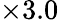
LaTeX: \times 3.0